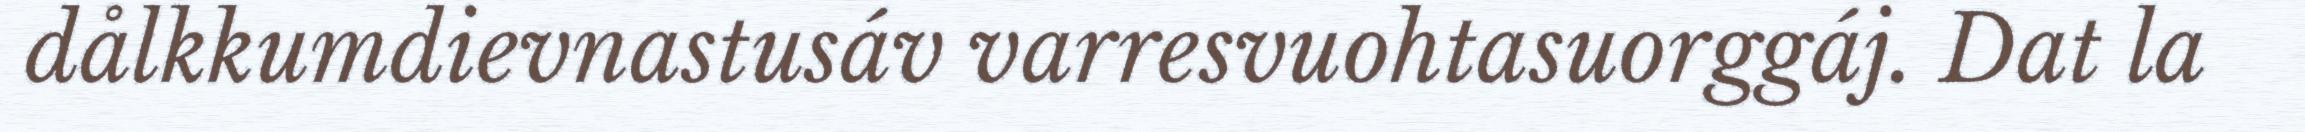
dålkkumdievnastusáv varresvuohtasuorggáj. Dat la